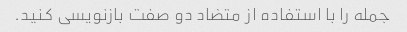
جمله را با استفاده از متضاد دو صفت بازنویسی کنید.